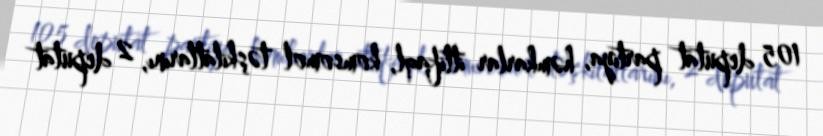
105 deputat partiya, həmkarlar ittifaql, komsomol təşkilatlarını, 2 deputat